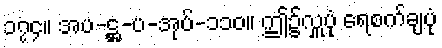
၁၇၄။ အပ-ဋ္ဌ-ပ-အုပ်-၁၁၀။ ဤ၌လှူပုံ ရေစက်ချပုံ